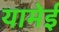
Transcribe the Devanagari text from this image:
यामेई